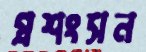
প্রশংসন